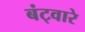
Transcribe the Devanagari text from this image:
बंट्वारे